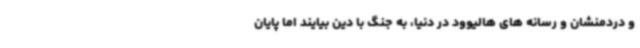
و دردمنشان و رسانه های هالیوود در دنیا، به جنگ با دین بیایند اما پایان